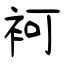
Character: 袔